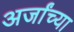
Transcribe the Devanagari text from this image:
अर्जांच्या